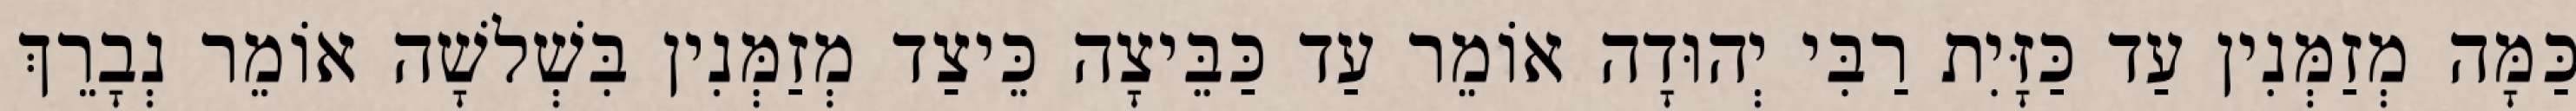
כַּמָּה מְזַמְּנִין עַד כַּזָּיִת רַבִּי יְהוּדָה אוֹמֵר עַד כַּבֵּיצָה כֵּיצַד מְזַמְּנִין בִּשְׁלשָׁה אוֹמֵר נְבָרֵךְ